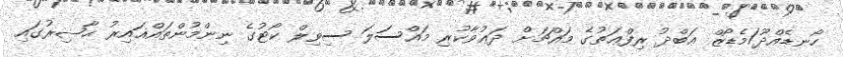
ހޯނޑެއްދޫ/މެޑޯޒް ޢަބްދު ރިފްޢަތުގެ މައްޗަށް ދަޢުވާކުރި މައްސަލަ ސިވިލް ކޯޓުގެ ނިންމުންތައްޣައިރު ޙާޟިރުގައި